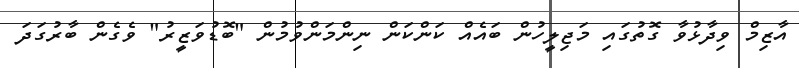
އާޒިމް ވިދާޅުވާ ގޮތުގައި މަޖިލީހުން ބައެއް ކަންކަން ނިންމަންވުމުން "ބޮޑުވަޒީރު" ވެގެން ބާރުގަދަ